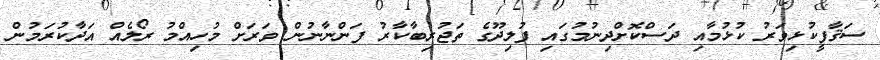
ސަޤާފީކުޅިވަރު ކުޅުމާއި ދަސްކޮށްދިނުމުގައި ފުލިދޫގެ ތަޖުރިބާކާރު ފަންނާނުން ވަރަށް މުހިއްމު ރޯލެއް އަދާކުރަމުން